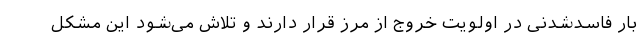
بار فاسدشدنی در اولویت خروج از مرز قرار دارند و تلاش می‌شود این مشکل